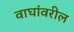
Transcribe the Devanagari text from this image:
वाघांवरील